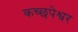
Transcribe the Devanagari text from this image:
कच्छपेश्वर